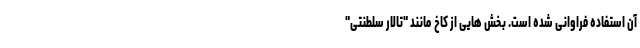
آن استفاده فراوانی شده است. بخش هایی از کاخ مانند "تالار سلطنتی"